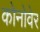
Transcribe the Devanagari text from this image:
कोनोवेर